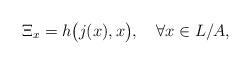
LaTeX: \begin{align*} \Xi_x=h\big(j(x),x\big), \quad\forall x\in L/A ,\end{align*}